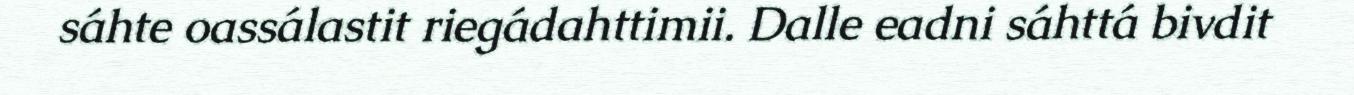
sáhte oassálastit riegádahttimii. Dalle eadni sáhttá bivdit